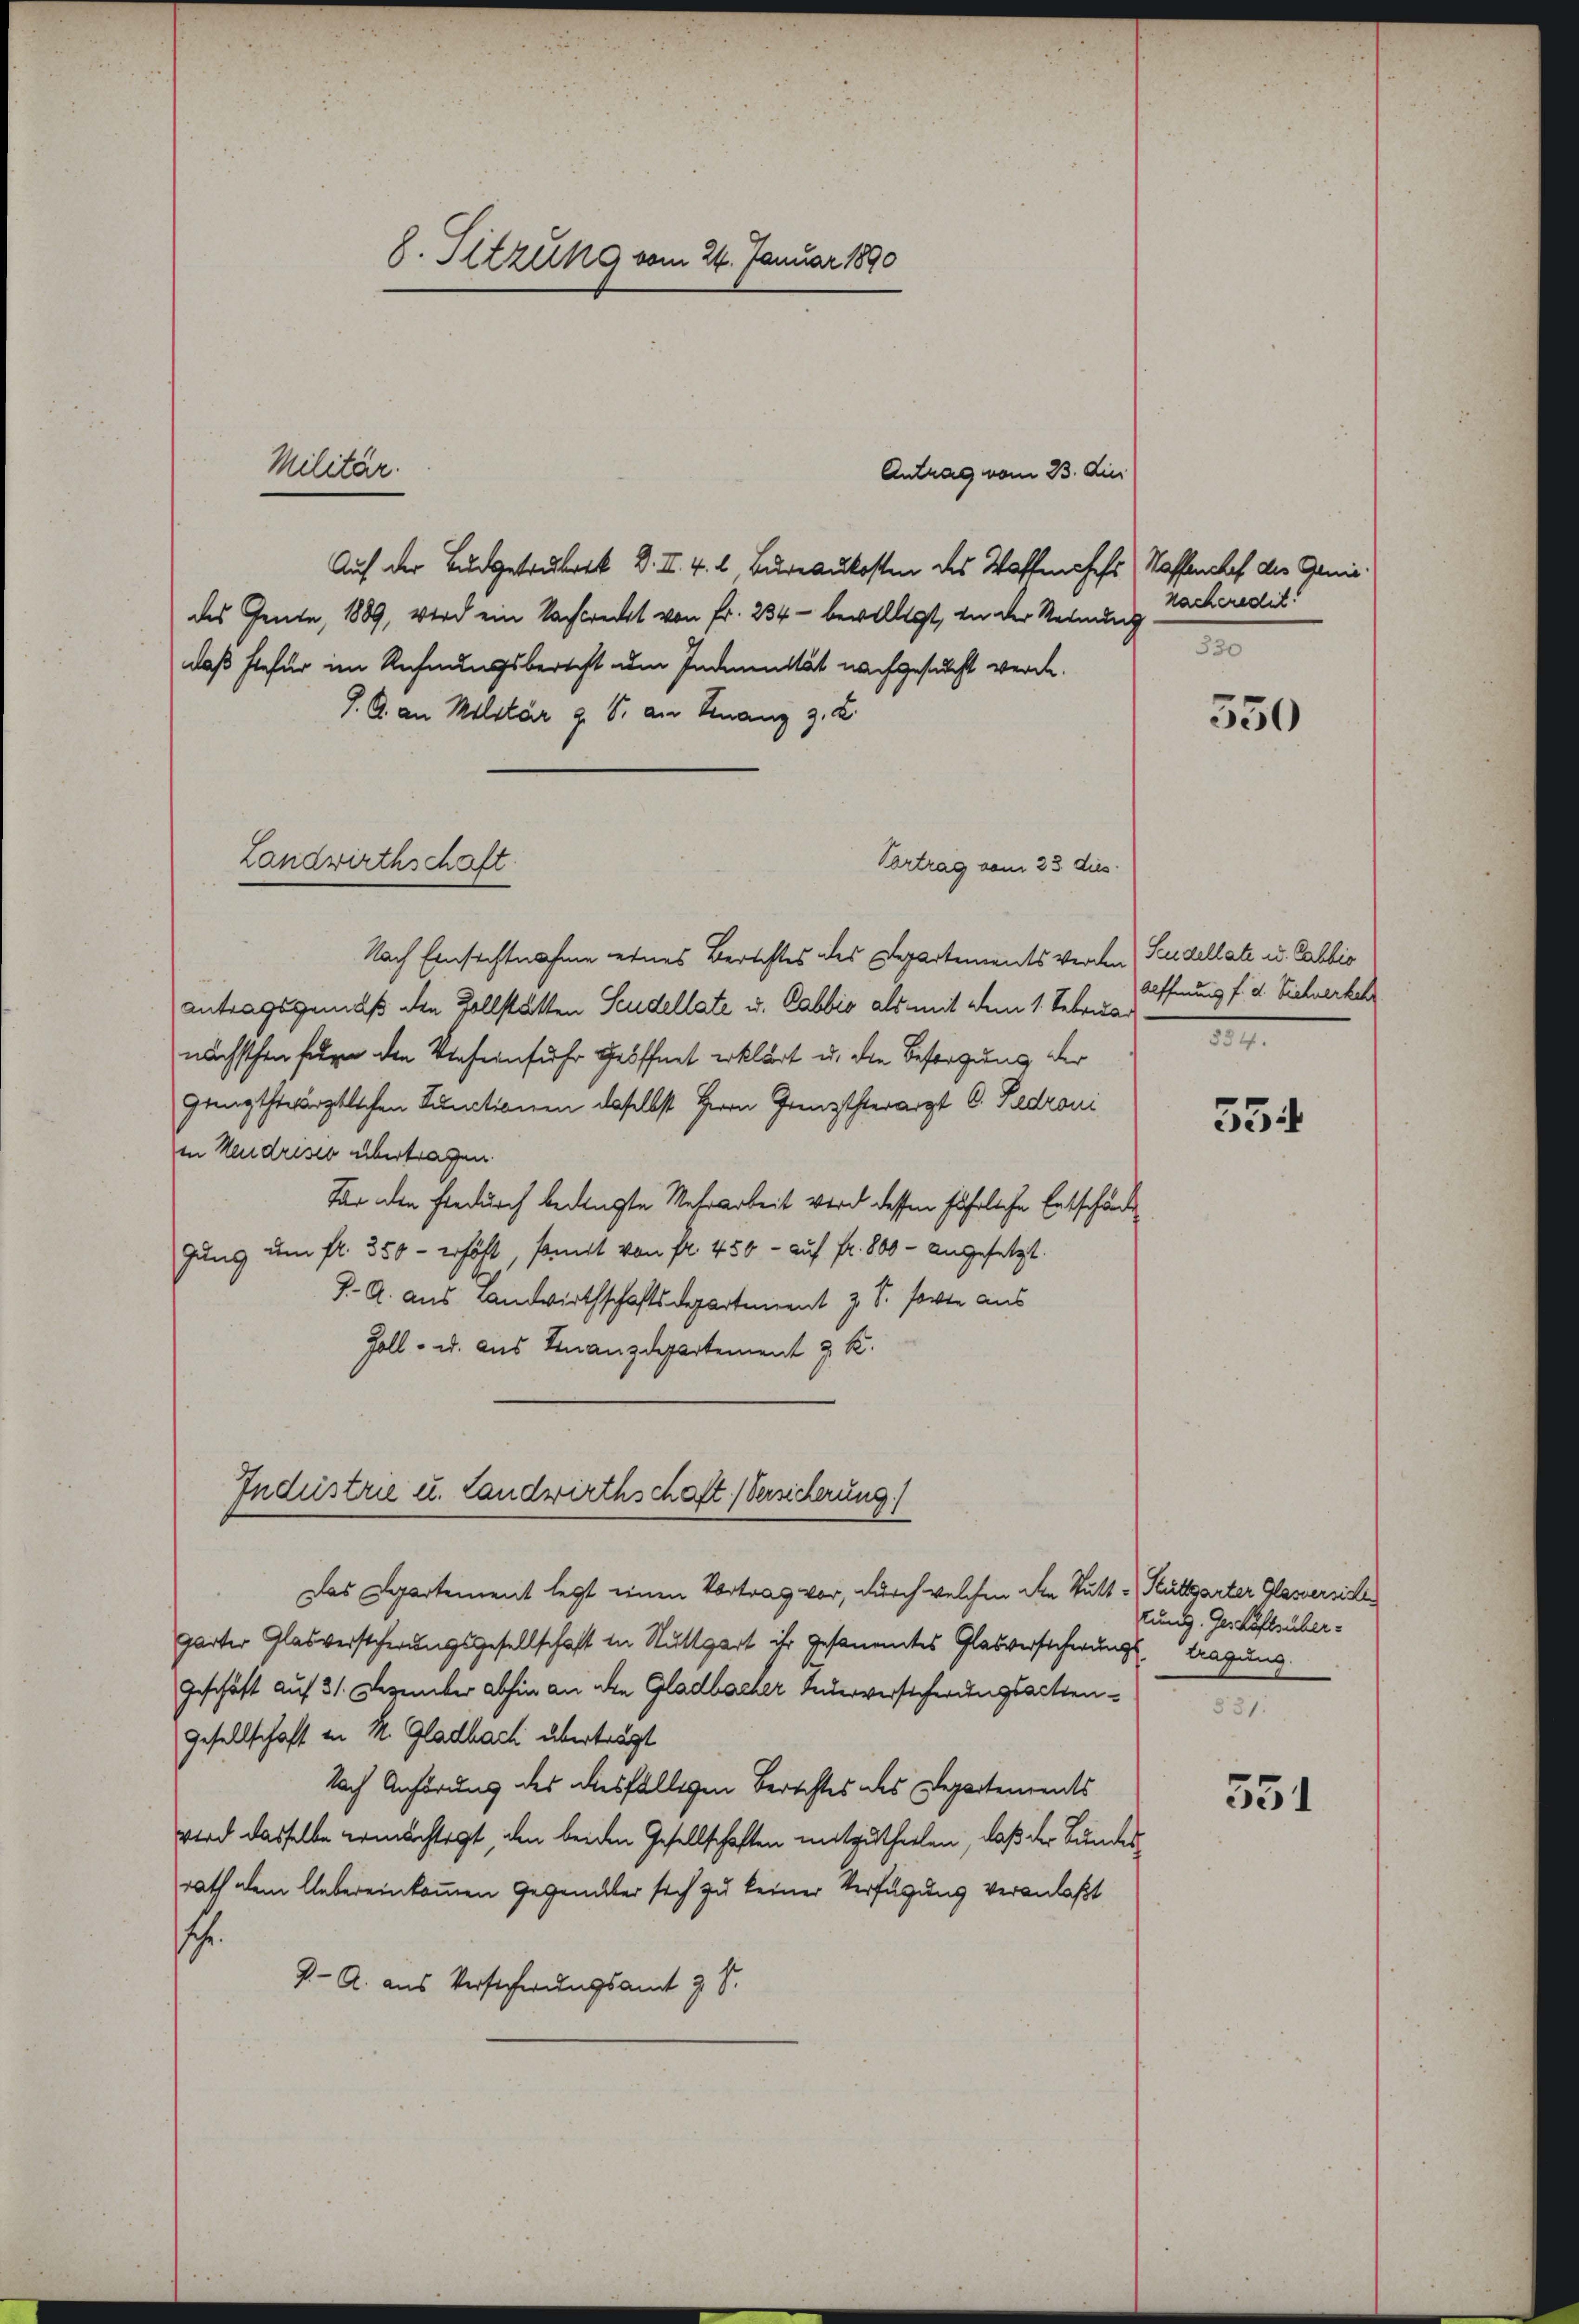
8. Sitzung vom 24. Januar 1890

Antrag vom 23. Au
Auf der Budgetrubrik d. II. 4. l. Bureaukosten des Waffenheft Staffenshof des Geniedes Gente, 1889, wird ein Nachtrecht von Fr. 234 - bewilligt, in der Rednung
daß hiefür im Rechnungsberecht um Indienstät nachgesucht werde.
J. A. an Militär g. T. am Finanz z. Z.
Vortrag vom 23. dies
Nach Einsichtnahme eines Berichtes des Departements werden Stadellate u. Salbis
antragsgemäß den Zollstätten Scudellate u. Gabbio als mit dem 1. Februar
nächsthen fern den Verfeinfuhr geöffnet erklärt u. die Besorgung der
grngtherärztlichen Sunctionen daselbst Herrn Grenztherarzt C. Fadroni
in Neudrises übertragen.
Für den Fiedurch bedingte Mehrarbeit wird dessen fährliche Entschäd
gung um fr. 350 - erhöht, somit von fl. 450 - auf fr. 800 - angesetzt.
J. A. aus Landwirthschaftsdepartement z. S. sowie aus
Zoll- u. aus Finanzdepartement z. K.

Militär.

Landwirthschaft.

Industrie u. Landwirthschaft. (Versicherung)

Nacheredit!
330

Das Departement legt einen Vortrag vor, durch welchen die Stutt - Stuttgarter Glassersiche
gärter Glasverstcherungsgesellschaft in Stuttgart ihr gesammtes Glasversicherungs tragung
Geschäft auf 31. Dezember abhin an den Gladbacher Inderversicherungsacten¬
Gesellschaft in M. Gladbach überträgt
Nach Anhörung des diesfälligen Berichtes des Departements
Wird dasselbe ermächtigt, den beiden Gesellschaften mitzutheilen, daß der Bundesrath dem Uebereinkommen Gegenüber sich zu keiner Verfügung veranlaßt
.
K. A. aus Versicherungsamt 3 S.

550

Alffnung f. d. Sichverkehr
1

554

lung. Geschäftsüber¬
531:

551